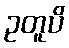
ဥတူပိ